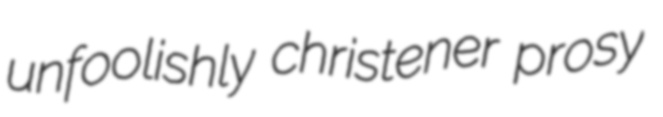
unfoolishly christener prosy